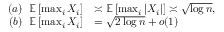
\begin{array} { r l } { ( a ) \ \ \mathbb { E } \left[ \operatorname* { m a x } _ { i } X _ { i } \right] } & { \asymp \mathbb { E } \left[ \operatorname* { m a x } _ { i } | X _ { i } | \right] \asymp \sqrt { \log n } , } \\ { ( b ) \ \ \mathbb { E } \left[ \operatorname* { m a x } _ { i } X _ { i } \right] } & { = \sqrt { 2 \log n } + o ( 1 ) } \end{array}